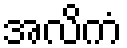
အလိကံ